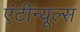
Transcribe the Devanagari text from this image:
एंटीन्यूल्स